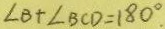
\angle B + \angle B C D = 1 8 0 ^ { \circ } .